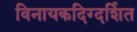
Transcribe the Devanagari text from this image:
विनायकदिग्दर्शित